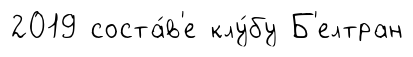
2019 соста́в'е клу́бу Б'елтран